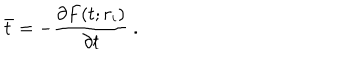
\bar { t } = - { \frac { \partial F ( t ; r _ { i } ) } { \partial t } } \ .